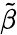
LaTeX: \tilde{\beta}